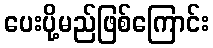
ပေးပို့မည်ဖြစ်ကြောင်း